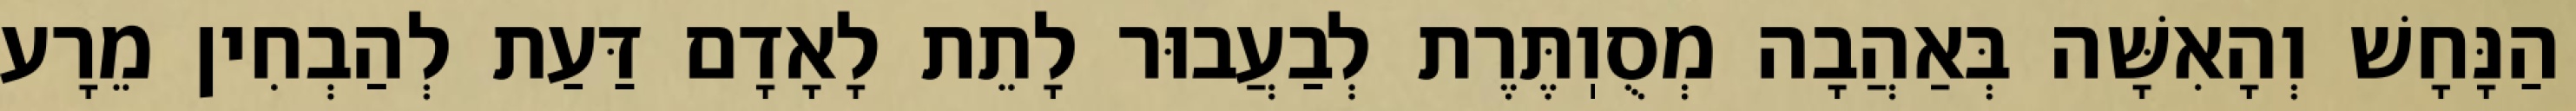
הַנָּחָשׁ וְהָאִשָּׁה בְּאַהֲבָה מְסֻוֽתֶּרֶת לְבַעֲבוּר לָתֵת לָאָדָם דַּעַת לְהַבְחִין מֵרָע